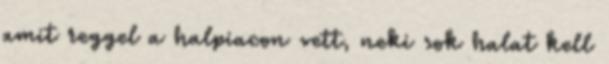
amit reggel a halpiacon vett, neki sok halat kell